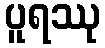
ပူရဿု